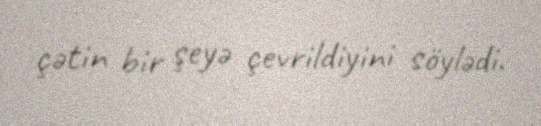
çətin bir şeyə çevrildiyini söylədi.